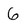
Character: 6